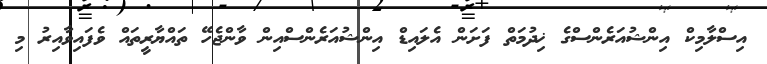
އިސްލާމިކް އިންޝުއަރެންސްގެ ޚިދުމަތް ފަށަން އެލައިޑް އިންޝުއަރެންސްއިން ވާންޖެހޭ ތައްޔާރީތައް ވެފައިވާއިރު މި